Annual statistical returns and brief notes on vaccination in Bengal - 1887-1898
Year: 1887
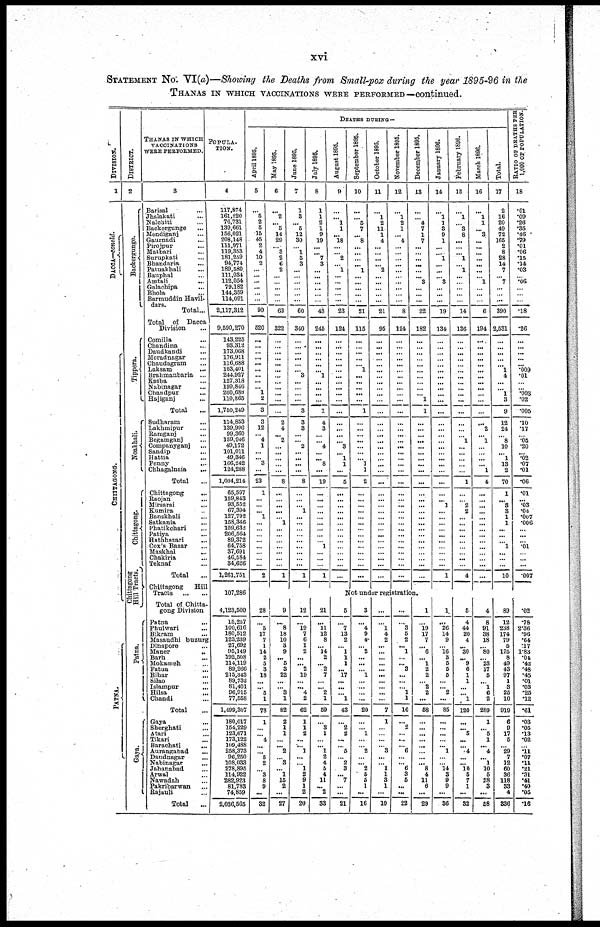
xvi
STATEMENT No. VI(a)—Showing the Deaths from Small-pox during the year 1895-96 in the
THANAS IN WHICH VACCINATIONS WERE PERFORMED—continued.
DlVISION.
1
DACCA.—concld.
CHITTAGONG.
PATNA.
DISTRICT.
2
Backergunge.
Tippera.
Noakhali.
Chittagong.
Chittagong
Hill Tracts.
Patna.
Gaya.
THANAS IN WHICH
VACCINATIONS
WERE PERFORMED.
3
Barisal...
Jhalakati...
Nalchiti...
Backergunge...
Mendiganj...
Gaurnadi...
Pirojpur...
Matbari...
Surupkati...
Bhandaria...
Patuakhali...
Bauphal...
Amtali...
Galachipa...
Bhola...
Barmuddin Havil-
dars.
Total...
Total of Dacca
Division...
Comilla...
Chandina...
Daudkandi...
Moradnagar...
Chaudagram...
Laksam... Brahmanbaria...
Kosba...
Nabinagar...
Chandpur...
Hajiganj...
Total...
Sudharam...
Lakhmipur...
Ramganj...
Begamganj...
Companyganj...
Sandip...
Hattia...
Fenny...
Chhagalnaia...
Total...
Chittagong...
Raojan...
Mirsarai... Kumira... Banskhali...
Satkania... Phatikchari...
Patiya... Hathhazari...
Cox's Bazar...
Maskhal...
Chakiria...
Teknaf...
Total...
Chittagong
Hill
Tracts...
Total of Chitta-
gong Division
Patna...
Phulwari...
Bikram...
Masaudhi buzurg...
Dinapore...
Maner...
Barh...
Mokameh...
Fatua...
Bihar...
Silao...
Islampur...
Hilsa...
Chandi...
Total...
Gaya...
Sherghati...
Atari...
Tikari...
Barachati...
Aurangabad...
Daudnagar...
Nabinagar...
Jahanabad...
Arwal...
Nawadah...
Pakribarwan...
Rajauli...
Total...
POPULA-
TION.
4
117,874
161,220
76,731
139,661
156,021
208,148
111,971
119,353
181,259
94,774
189,580
111,034
112,054
79,182
144,359
114,091
2,117,312
9,590,270
143,225
93,312
173,068
176,911
116,688
103,401
244,927
127,318
199,846
260,688
110,865
1,750,249
114,853
139,996
99,360
159,946
49,172
101,011
49,346
166,242
124,288
1,004,214
65,597
159,843
93,552
67,394
127,792
158,346
109,632
206,564
89,372
64,758
37,691
46,584
34,626
1,261,751
107,286
4,123,500
15,257
100,616
180,512
123,239
27,692
95,149
192,508
114,119
89,266
215,843
89,732
81,401
96,915
77,558
1,499,307
180,017
164,229
123,671
173,122
109,488
258,373
96,250
108,033
278,895
114,922
282,923
81,783
74,859
2,036,565
DEATHS DURING —
April 1895.
5
...
5
2
5
15
45
2
4
10
2
...
...
...
...
...
...
90
520
...
...
...
...
...
...
...
...
... 1
2
3
3
12
... 4
1
...
... 3
...
23
1
...
...
...
1
...
...
...
...
...
...
...
...
2
...
28
...
5
17
7
1
14
2
5
3
18
...
...
5
1
78
1
...
... 4
...
... 5
2
...
3
8
9
...
32
May 1895.
6
...
2
...
5
14
29
...
3
2
6
2
...
...
...
...
...
63
322
...
...
...
...
...
...
...
...
...
...
...
...
2
4
...
2
...
...
...
...
...
8
...
...
...
...
...
1
...
...
...
...
...
...
...
1
...
9
...
8
18
10
3
9
... 5
3
22
...
... 3
1
82
2
1
1
...
... 2
... 3
... 1
15
2
...
27
June 1895.
7
1
3
... 5
12
30
...
1
5
3
...
...
...
...
...
...
60
340
...
...
...
...
...
...
3
...
...
...
...
3
3
3
...
... 2
...
...
...
...
8
...
...
... 1
...
...
...
...
...
... ...
...
...
1
...
12
...
19
7
6
1
2
...
... 2
19
...
... 4
2
62
1
1
2
...
... 1
...
... 1
2
9
1
2
20
July 1895.
8
1
1
2
1
9
19
...
...
7
3
...
...
...
...
...
...
43
245
...
...
...
...
...
...
1
...
...
...
...
1
4
3
...
...
4
...
... 8
...
19
...
...
...
...
...
...
...
...
... 1
...
...
...
1
...
21
...
11
12
8
... 14
2
... 2
7
...
... 2
1
59
...
3
1
...
... 1
2
4
5
4
11
... 2
33
August 1895.
9
...
... 1
1
... 18
...
...
2
...
1
...
...
...
...
...
23
124
...
...
...
...
...
...
...
...
...
...
...
...
...
...
...
...
3
... 1
1
...
5
...
...
...
...
...
...
...
...
...
...
...
...
...
...
September 1895.
10
...
... 5
7
...
8
...
...
...
...
1
...
...
...
...
...
21
115
...
...
...
...
... 1
...
...
...
...
...
1
...
...
...
...
...
...
...
1
1
2
...
...
...
...
...
...
...
...
...
...
...
...
...
...
October 1895.
11
...
1
2
11
1
4
...
...
...
...
2
...
...
...
...
...
21
95
...
...
...
...
...
...
...
...
...
...
...
...
...
...
...
...
...
...
...
...
...
...
...
...
...
...
...
...
...
...
...
...
...
...
...
...
November 1895.
12
...
1
2
1
... 4
...
...
...
... ...
...
...
...
...
...
8
124
...
...
...
...
...
...
...
...
...
...
...
...
...
...
...
...
...
...
...
...
...
...
...
...
...
...
...
...
...
...
...
...
...
...
...
...
December 1895.
13
...
...
4
7
1
7
...
...
...
...
...
...
3
...
...
...
22
182
...
...
...
...
...
...
...
...
...
...
1
1
...
...
...
...
...
...
...
...
...
...
...
...
...
...
...
...
...
...
...
...
...
...
...
...
Not under registration.
5
...
7
13
2
... 1
1
1
... 17
...
...
... 1
43
...
2
2
...
... 5
... 2
3
... 7
...
...
21
3
...
4
9
4
... 2
...
...
... 1
...
...
...
...
20
...
... 1
...
... 2
...
... 2
5
5
1
...
16
...
...
1
4
2
...
...
...
...
...
...
...
...
...
...
7
1
...
...
...
... 3
...
... 1
1
3
1
...
10
...
...
3
5
2
... 1
...
... 3
...
...
... 1
1
16
...
2
...
...
... 6
...
... 6
3
5
...
...
22
1
...
19
17
7
... 6
... 1
2
2
... 2
2
...
58
...
...
...
...
...
...
...
... 8
4
11
6
...
29
January 1896.
14
...
1
1
3
9
1
... ...
1
...
...
...
3
...
...
...
19
134
...
...
...
...
...
...
...
...
...
...
...
...
...
...
...
...
...
...
...
...
...
...
...
... 1
...
...
...
...
...
...
...
...
...
...
1
...
1
...
26
14
9
...
16
3
5
5
5
...
... 2
...
85
...
... ...
...
... 1
...
... 14
3
9
9
...
36
February 1896.
15
...
1
...
3
8
...
...
... 1
...
1
...
...
...
...
...
14
136
...
...
...
...
...
...
...
...
...
...
...
...
...
...
...
1
...
...
...
...
...
1
...
...
2
2
...
...
...
...
...
...
...
...
...
4
...
5
4
44
20
4
... 30
... 9
6
1
1
...
... 1
120
...
... 5
...
... 4
...
... 10
5
7
1
...
32
March 1896.
16
...
1
1
... 3
...
...
...
... ...
...
... 1
...
...
...
6
194
...
... ...
... ...
...
...
...
...
...
...
...
...
2
... 1
...
...
...
... 1
4
...
...
...
...
...
...
...
...
...
...
...
...
...
...
...
4
8
91
38
18
... 80
... 23
17
5
... 1
6
2
289
1
... 5
1
... 4
... 1
10
5
28
3
...
58
Total.
17
2
16
20
49
72
165
2
8
28
14
7
... 7
...
...
...
390
2,531
...
...
...
...
... 1
4
...
...
1
3
9
12
24
...
8
10
... 1
13
2
70
1
... 3 3
1
1
...
...
... 1
...
...
...
10
...
89
12
238
174
79
5
175
8
49
43
97
1
3
25
10
919
6
9
17
5
... 29
7
12
60
36
118
33
4
336
RATIO OF DEATHS PER)
1,000 OF POPULATION.
18
.01
.09
.26
.35
.46
.79
.01
.06
.15
.14
.03
... .06
...
...
...
.18
.26
...
...
...
...
... .009
.01
...
... .003
.02
.005
.10
.17
...
.05
.20
... .02
.07
.01
.06
.01
... .03
.04
.007
.006
...
...
... .01
...
...
...
.007
...
.02
.78
2.36
.96
.64
.17
1.83
.04
.42
.48
.45
.01
.03
.25
.12
.61
.03
.05
.13
.02
...
.11
.07
.11
.21
.31
.41
.40
.05
.16